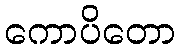
ကောပိတော